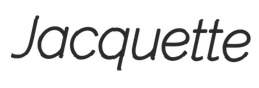
Jacquette